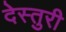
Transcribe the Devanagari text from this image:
देस्तुरी